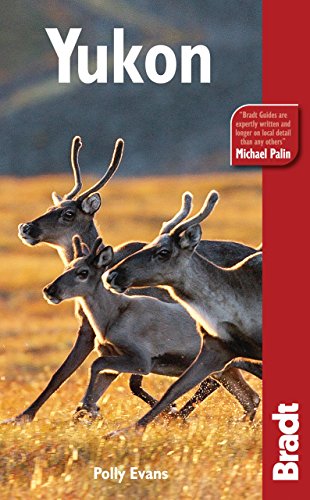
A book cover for Yukon (Bradt Travel Guide Yukon); Polly Evans; Travel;